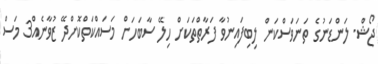
ޖޯޝް- ލަންޑަނުގެ ތަނަވަސްކަން ލިބިފައިނުވާ ފަރާތްތަކަށް ހިލޭ ސާބަހަށް މަސައްކަތްކޮށްދޭ ޒުވާނެއް3 މަސް